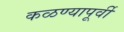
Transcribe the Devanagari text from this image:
कळण्यापूर्वी